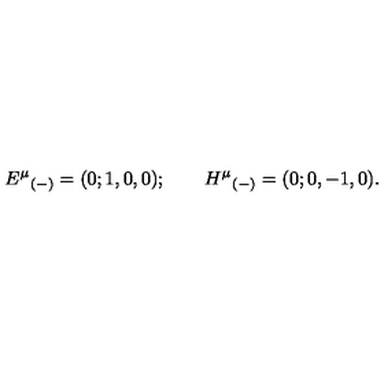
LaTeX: { E ^ { \mu } } _ { ( - ) } = ( 0 ; 1 , 0 , 0 ) ; \qquad { H ^ { \mu } } _ { ( - ) } = ( 0 ; 0 , - 1 , 0 ) .